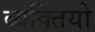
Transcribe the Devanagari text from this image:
ब्यक्तियो